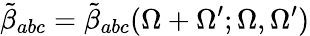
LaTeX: \tilde{\beta}_{abc}=\tilde{\beta}_{abc}(\Omega+\Omega^{\prime};\Omega,\Omega^{\prime})